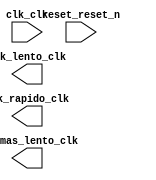

module clocks (
	clk_clk,
	reset_reset_n,
	clk_rapido_clk,
	clk_lento_clk,
	clk_mas_lento_clk);	

	input		clk_clk;
	input		reset_reset_n;
	output		clk_rapido_clk;
	output		clk_lento_clk;
	output		clk_mas_lento_clk;
endmodule